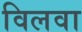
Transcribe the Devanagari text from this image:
विलवा